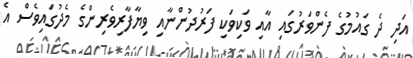
އަދި ދެ ގައުމުގެ ފެންވަރުގައި އާއި ވަކިވަކި ފަރުދުންނާއި ވިޔާފާރިވެރިންގެ މެދުގައިވެސް އެ